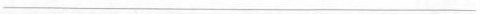
___